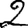
Digit: 2